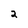
Character: 2